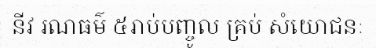
នីវ រណធម៌ ៥រាប់បញ្ចូល គ្រប់ សំយោជនៈ